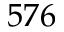
5 7 6